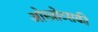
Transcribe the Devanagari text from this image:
ओस्त्रोव्सकी